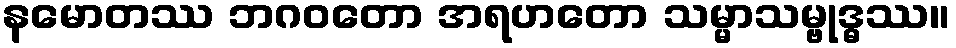
နမောတဿ ဘဂဝတော အရဟတော သမ္မာသမ္ဗုဒ္ဓဿ။